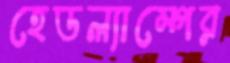
হেডল্যাম্পের